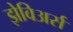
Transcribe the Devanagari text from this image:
झेविअर्स